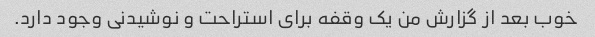
خوب بعد از گزارش من یک وقفه برای استراحت و نوشیدنی وجود دارد.